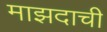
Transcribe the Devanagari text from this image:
माझदाची